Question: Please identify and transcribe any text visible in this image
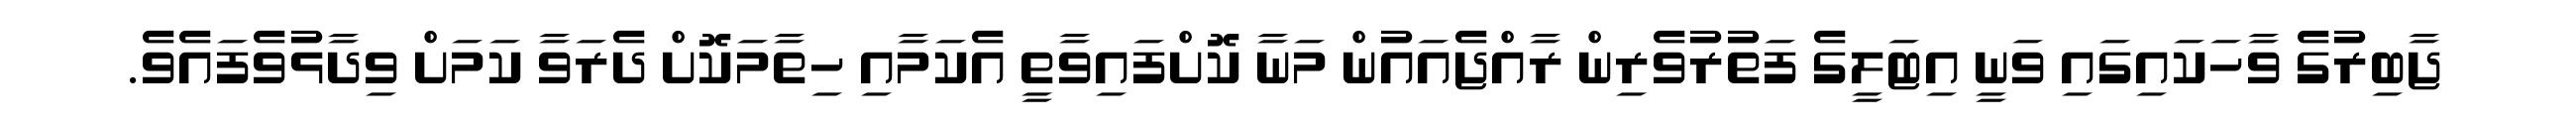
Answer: ޖާބިރުގެ ވާހަކައިގައި ވަނީ އިޓަލީގެ ފަތުރުވެރިން ރާއްޖެއައުން މަނާ ކޮށްފައިވާތީ އެކަމާއި ހިތާމަކޮށް ދެރަވާ ކަމަށް ވިދާޅުވެފައެވެ.